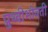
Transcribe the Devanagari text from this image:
प्रुथ्वीभोवती